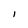
Character: I